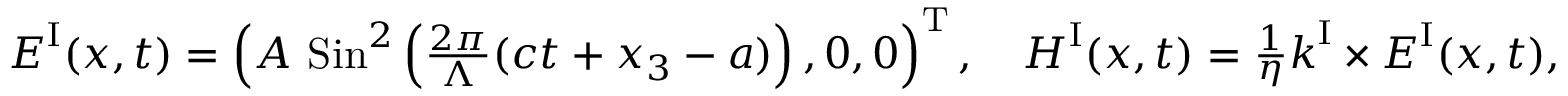
\begin{array} { r } { \boldsymbol { E } ^ { \mathrm { I } } ( \boldsymbol { x } , t ) = \left( A \ \mathrm { S i n } ^ { 2 } \left( \frac { 2 \pi } { \Lambda } ( c t + x _ { 3 } - a ) \right) , 0 , 0 \right) ^ { \mathrm T } , \quad \boldsymbol { H } ^ { \mathrm { I } } ( \boldsymbol { x } , t ) = \frac { 1 } { \eta } \boldsymbol { k } ^ { \mathrm { I } } \times \boldsymbol { E } ^ { \mathrm { I } } ( \boldsymbol { x } , t ) , } \end{array}